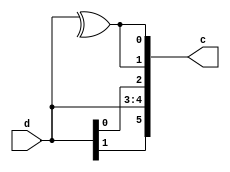
// Copyright 2007 Altera Corporation. All rights reserved.  
// Altera products are protected under numerous U.S. and foreign patents, 
// maskwork rights, copyrights and other intellectual property laws.  
//
// This reference design file, and your use thereof, is subject to and governed
// by the terms and conditions of the applicable Altera Reference Design 
// License Agreement (either as signed by you or found at www.altera.com).  By
// using this reference design file, you indicate your acceptance of such terms
// and conditions between you and Altera Corporation.  In the event that you do
// not agree with such terms and conditions, you may not use the reference 
// design file and please promptly destroy any copies you have made.
//
// This reference design file is being provided on an "as-is" basis and as an 
// accommodation and therefore all warranties, representations or guarantees of 
// any kind (whether express, implied or statutory) including, without 
// limitation, warranties of merchantability, non-infringement, or fitness for
// a particular purpose, are specifically disclaimed.  By making this reference
// design file available, Altera expressly does not recommend, suggest or 
// require that this reference design file be used in combination with any 
// other product not provided by Altera.
/////////////////////////////////////////////////////////////////////////////

//////////////////////////////////////////////
// 2 to 6 bit ECC encoder
//////////////////////////////////////////////
module ecc_encode_2bit (d,c);
input [1:0] d;
output [5:0] c;
wire [5:0] c;

  assign c = {d[1],d[1],d[0],d[0],^d,^d};
endmodule

//////////////////////////////////////////////
// the error flag indicates
//   [2] 2 or more bit error
//   [1] 1 bit error (corrected)
//   [0] no error
//////////////////////////////////////////////
module ecc_decode_2bit (c,d,err_flag);
input [5:0] c;
output [1:0] d;
output [2:0] err_flag;
reg [1:0] d;
reg [2:0] err_flag;
  always @(c) begin
    case (c)
                      // bit distance to codes 0 .. 3
      6'h00 : {d,err_flag} = {2'b00, 3'b001}; // 0 4 4 4
      6'h01 : {d,err_flag} = {2'b00, 3'b010}; // 1 3 3 5
      6'h02 : {d,err_flag} = {2'b00, 3'b010}; // 1 3 3 5
      6'h03 : {d,err_flag} = {2'b00, 3'b100}; // 2 2 2 6
      6'h04 : {d,err_flag} = {2'b00, 3'b010}; // 1 3 5 3
      6'h05 : {d,err_flag} = {2'b00, 3'b100}; // 2 2 4 4
      6'h06 : {d,err_flag} = {2'b00, 3'b100}; // 2 2 4 4
      6'h07 : {d,err_flag} = {2'b01, 3'b010}; // 3 1 3 5
      6'h08 : {d,err_flag} = {2'b00, 3'b010}; // 1 3 5 3
      6'h09 : {d,err_flag} = {2'b00, 3'b100}; // 2 2 4 4
      6'h0a : {d,err_flag} = {2'b00, 3'b100}; // 2 2 4 4
      6'h0b : {d,err_flag} = {2'b01, 3'b010}; // 3 1 3 5
      6'h0c : {d,err_flag} = {2'b00, 3'b100}; // 2 2 6 2
      6'h0d : {d,err_flag} = {2'b01, 3'b010}; // 3 1 5 3
      6'h0e : {d,err_flag} = {2'b01, 3'b010}; // 3 1 5 3
      6'h0f : {d,err_flag} = {2'b01, 3'b001}; // 4 0 4 4
      6'h10 : {d,err_flag} = {2'b00, 3'b010}; // 1 5 3 3
      6'h11 : {d,err_flag} = {2'b00, 3'b100}; // 2 4 2 4
      6'h12 : {d,err_flag} = {2'b00, 3'b100}; // 2 4 2 4
      6'h13 : {d,err_flag} = {2'b10, 3'b010}; // 3 3 1 5
      6'h14 : {d,err_flag} = {2'b00, 3'b100}; // 2 4 4 2
      6'h15 : {d,err_flag} = {2'b00, 3'b100}; // 3 3 3 3
      6'h16 : {d,err_flag} = {2'b00, 3'b100}; // 3 3 3 3
      6'h17 : {d,err_flag} = {2'b01, 3'b100}; // 4 2 2 4
      6'h18 : {d,err_flag} = {2'b00, 3'b100}; // 2 4 4 2
      6'h19 : {d,err_flag} = {2'b00, 3'b100}; // 3 3 3 3
      6'h1a : {d,err_flag} = {2'b00, 3'b100}; // 3 3 3 3
      6'h1b : {d,err_flag} = {2'b01, 3'b100}; // 4 2 2 4
      6'h1c : {d,err_flag} = {2'b11, 3'b010}; // 3 3 5 1
      6'h1d : {d,err_flag} = {2'b01, 3'b100}; // 4 2 4 2
      6'h1e : {d,err_flag} = {2'b01, 3'b100}; // 4 2 4 2
      6'h1f : {d,err_flag} = {2'b01, 3'b010}; // 5 1 3 3
      6'h20 : {d,err_flag} = {2'b00, 3'b010}; // 1 5 3 3
      6'h21 : {d,err_flag} = {2'b00, 3'b100}; // 2 4 2 4
      6'h22 : {d,err_flag} = {2'b00, 3'b100}; // 2 4 2 4
      6'h23 : {d,err_flag} = {2'b10, 3'b010}; // 3 3 1 5
      6'h24 : {d,err_flag} = {2'b00, 3'b100}; // 2 4 4 2
      6'h25 : {d,err_flag} = {2'b00, 3'b100}; // 3 3 3 3
      6'h26 : {d,err_flag} = {2'b00, 3'b100}; // 3 3 3 3
      6'h27 : {d,err_flag} = {2'b01, 3'b100}; // 4 2 2 4
      6'h28 : {d,err_flag} = {2'b00, 3'b100}; // 2 4 4 2
      6'h29 : {d,err_flag} = {2'b00, 3'b100}; // 3 3 3 3
      6'h2a : {d,err_flag} = {2'b00, 3'b100}; // 3 3 3 3
      6'h2b : {d,err_flag} = {2'b01, 3'b100}; // 4 2 2 4
      6'h2c : {d,err_flag} = {2'b11, 3'b010}; // 3 3 5 1
      6'h2d : {d,err_flag} = {2'b01, 3'b100}; // 4 2 4 2
      6'h2e : {d,err_flag} = {2'b01, 3'b100}; // 4 2 4 2
      6'h2f : {d,err_flag} = {2'b01, 3'b010}; // 5 1 3 3
      6'h30 : {d,err_flag} = {2'b00, 3'b100}; // 2 6 2 2
      6'h31 : {d,err_flag} = {2'b10, 3'b010}; // 3 5 1 3
      6'h32 : {d,err_flag} = {2'b10, 3'b010}; // 3 5 1 3
      6'h33 : {d,err_flag} = {2'b10, 3'b001}; // 4 4 0 4
      6'h34 : {d,err_flag} = {2'b11, 3'b010}; // 3 5 3 1
      6'h35 : {d,err_flag} = {2'b10, 3'b100}; // 4 4 2 2
      6'h36 : {d,err_flag} = {2'b10, 3'b100}; // 4 4 2 2
      6'h37 : {d,err_flag} = {2'b10, 3'b010}; // 5 3 1 3
      6'h38 : {d,err_flag} = {2'b11, 3'b010}; // 3 5 3 1
      6'h39 : {d,err_flag} = {2'b10, 3'b100}; // 4 4 2 2
      6'h3a : {d,err_flag} = {2'b10, 3'b100}; // 4 4 2 2
      6'h3b : {d,err_flag} = {2'b10, 3'b010}; // 5 3 1 3
      6'h3c : {d,err_flag} = {2'b11, 3'b001}; // 4 4 4 0
      6'h3d : {d,err_flag} = {2'b11, 3'b010}; // 5 3 3 1
      6'h3e : {d,err_flag} = {2'b11, 3'b010}; // 5 3 3 1
      6'h3f : {d,err_flag} = {2'b01, 3'b100}; // 6 2 2 2
    endcase
  end
endmodule